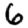
Digit: 6